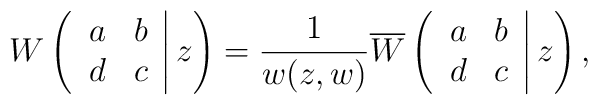
W\left( \left. \begin{array}{cc} a & b \\ d & c \end{array} \right| z \right)=\frac{1}{w(z,w)}\overline{W}\left( \left. \begin{array}{cc} a & b \\ d & c \end{array} \right| z \right),